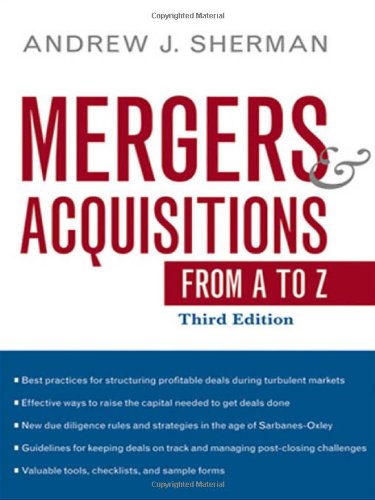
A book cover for Mergers and Acquisitions from A to Z; Andrew J. Sherman; Business & Money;